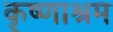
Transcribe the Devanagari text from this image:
कृष्णाश्रम